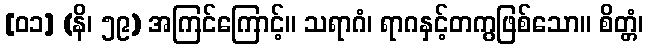
[၀၁] (နိ၊ ၅၉) အကြင်ကြောင့်။ သရာဂံ၊ ရာဂနှင့်တကွဖြစ်သော။ စိတ္တံ၊